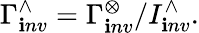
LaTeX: \Gamma_{\mathbf{i}nv}^{\wedge}=\Gamma_{\mathbf{i}nv}^{\otimes}/I_{\mathbf{i}nv}^{\wedge}.